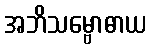
အဘိသမ္ဗောဓာယ